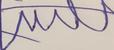
Signature authenticity: forged